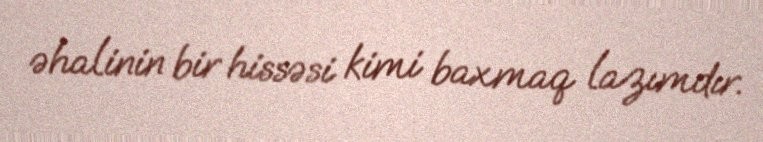
əhalinin bir hissəsi kimi baxmaq lazımdır.